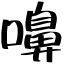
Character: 嚊